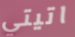
اتيتي